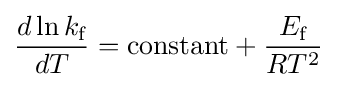
{\frac {d\ln k_{\text{f}}}{dT}}={\text{constant}}+{\frac {E_{\text{f}}}{RT^{2}}}